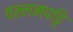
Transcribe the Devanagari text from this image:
वल्लमपट्टि